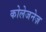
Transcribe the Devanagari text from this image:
कोलेजनेज़